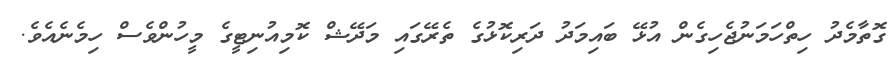
ގޮތާމެދު ހިތްހަމަނުޖެހިގެން އުޅޭ ބައިމަދު ދަރިކޮޅުގެ ތެރޭގައި މަދޭޝް ކޮމިއުނިޓީގެ މީހުންވެސް ހިމެނެއެވެ.